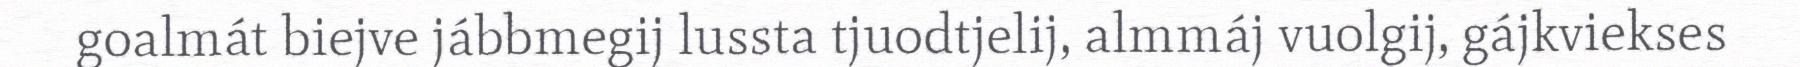
goalmát biejve jábbmegij lussta tjuodtjelij, almmáj vuolgij, gájkviekses